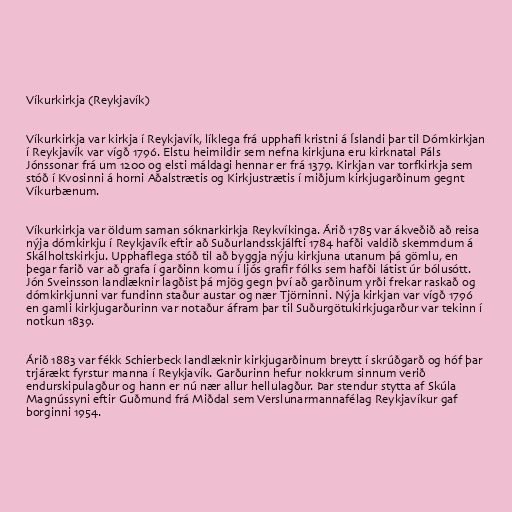
Víkurkirkja (Reykjavík)

Víkurkirkja var kirkja í Reykjavík, líklega frá upphafi kristni á Íslandi þar til Dómkirkjan
í Reykjavík var vígð 1796. Elstu heimildir sem nefna kirkjuna eru kirknatal Páls
Jónssonar frá um 1200 og elsti máldagi hennar er frá 1379. Kirkjan var torfkirkja sem
stóð í Kvosinni á horni Aðalstrætis og Kirkjustrætis í miðjum kirkjugarðinum gegnt
Víkurbænum.

Víkurkirkja var öldum saman sóknarkirkja Reykvíkinga. Árið 1785 var ákveðið að reisa
nýja dómkirkju í Reykjavík eftir að Suðurlandsskjálfti 1784 hafði valdið skemmdum á
Skálholtskirkju. Upphaflega stóð til að byggja nýju kirkjuna utanum þá gömlu, en
þegar farið var að grafa í garðinn komu í ljós grafir fólks sem hafði látist úr bólusótt.
Jón Sveinsson landlæknir lagðist þá mjög gegn því að garðinum yrði frekar raskað og
dómkirkjunni var fundinn staður austar og nær Tjörninni. Nýja kirkjan var vígð 1796
en gamli kirkjugarðurinn var notaður áfram þar til Suðurgötukirkjugarður var tekinn í
notkun 1839.

Árið 1883 var fékk Schierbeck landlæknir kirkjugarðinum breytt í skrúðgarð og hóf þar
trjárækt fyrstur manna í Reykjavík. Garðurinn hefur nokkrum sinnum verið
endurskipulagður og hann er nú nær allur hellulagður. Þar stendur stytta af Skúla
Magnússyni eftir Guðmund frá Miðdal sem Verslunarmannafélag Reykjavíkur gaf
borginni 1954.